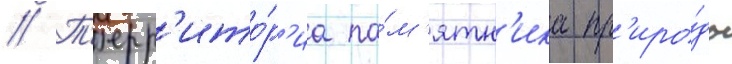
// Т'ерр'ито́р'иа па́м'ятн'ика пр'иро́ды